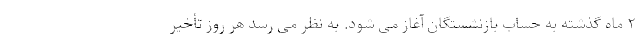
۲ ماه گذشته به حساب بازنشستگان آغاز می شود. به نظر می رسد هر روز تأخیر